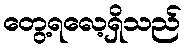
တွေ့ရလေ့ရှိသည်